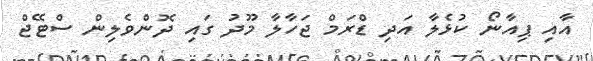
އާއި ޕިއާނޯ ކުޅެލާ އަދި ޑްރަމް ޖަހާލާ މޫދު ގައި ދޮންވެލިން ސްޓޭޖް